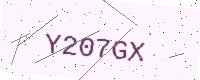
Text: Y207GX